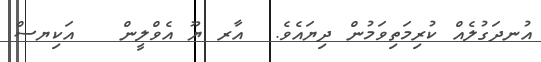
އުނދަގުލެއް ކުރިމަތިވަމުން ދިޔައެވެ.  އާރ ޔޫ އެވްލީން   އަކިޔސް